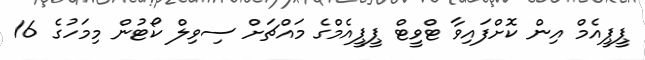
ޕީޕީއެމް އިން ކޮށްފައިވާ ޓްވީޓް ޕީޕީއެމްގެ މައްޗަށް ސިވިލް ކޯޓުން މިމަހުގެ 16